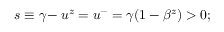
s \equiv \gamma \! - u ^ { z } = u ^ { - } = \gamma ( 1 - \beta ^ { z } ) > 0 ;